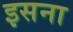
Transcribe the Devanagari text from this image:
इसना